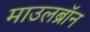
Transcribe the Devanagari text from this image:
माउलब्रॉन